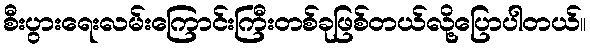
စီးပွားရေးလမ်းကြောင်းကြီးတစ်ခုဖြစ်တယ်လို့ပြောပါတယ်။